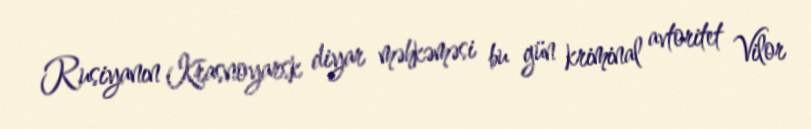
Rusiyanın Krasnoyarsk diyar məhkəməsi bu gün kriminal avtoritet Vilor